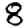
Digit: 8